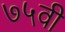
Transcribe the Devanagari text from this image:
७५वी